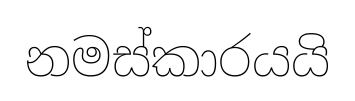
නමස්කාරයයි